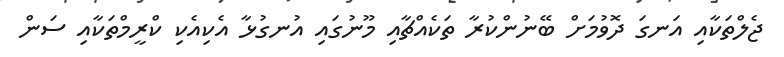
ޖެލްތަކާއި އަނގަ ދޮވުމަށް ބޭނުންކުރާ ތަކެއްޗާއި މޫނުގައި އުނގުޅާ އެކިއެކި ކްރީމްތަކާއި ސަން